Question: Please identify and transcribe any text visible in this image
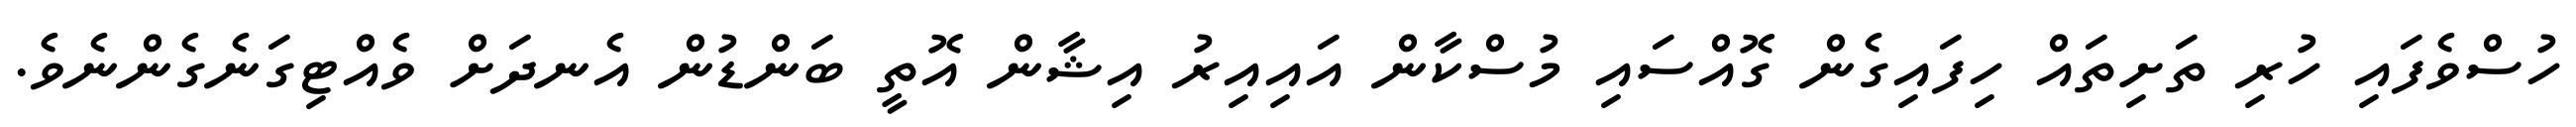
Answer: ހުސްވެފައި ހުރި ތަށިތައް ހިފައިގެން ގޮއްސައި މުސްކާން އައިއިރު އިޝާން އޮތީ ބަންޑުން އެނދަށް ވެއްޓިގަނެގެންނެވެ.